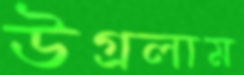
উগ্‌রলাম